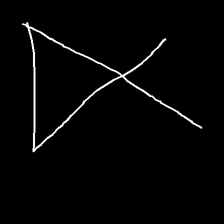
Glyph: collection